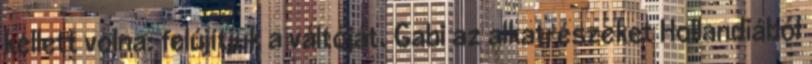
kellett volna: felújítjuk a váltóját. Gabi az alkatrészeket Hollandiából